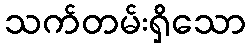
သက်တမ်းရှိသော